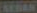
SEBAN